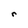
Character: r